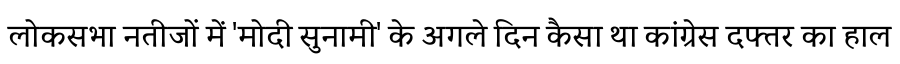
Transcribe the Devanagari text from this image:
लोकसभा नतीजों में 'मोदी सुनामी' के अगले दिन कैसा था कांग्रेस दफ्तर का हाल